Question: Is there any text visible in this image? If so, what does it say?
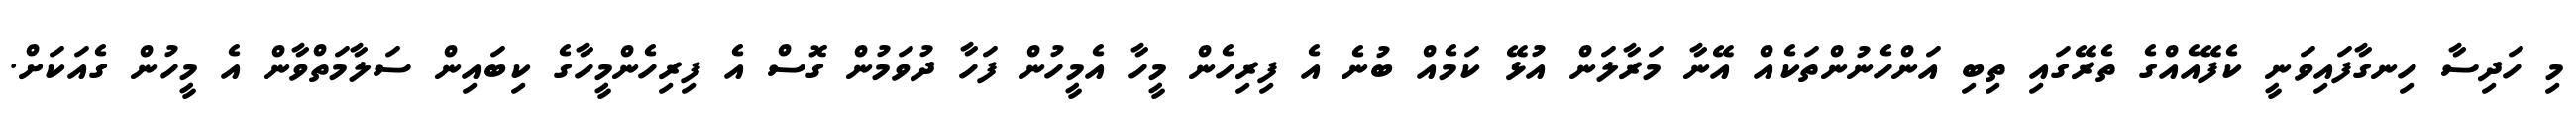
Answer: މި ހަދިސާ ހިނގާފައިވަނީ ކެފޭއެއްގެ ތެރޭގައި ތިބި އަންހެނުންތަކެއް އޭނާ މަރާލަން އުޅޭ ކަމެއް ބުނެ އެ ފިރިހެން މީހާ އެމީހުން ފަހާ ދުވަމުން ގޮސް އެ ފިރިހެންމީހާގެ ކިބައިން ސަލާމަތްވާން އެ މީހުން ގެއަކަށް.